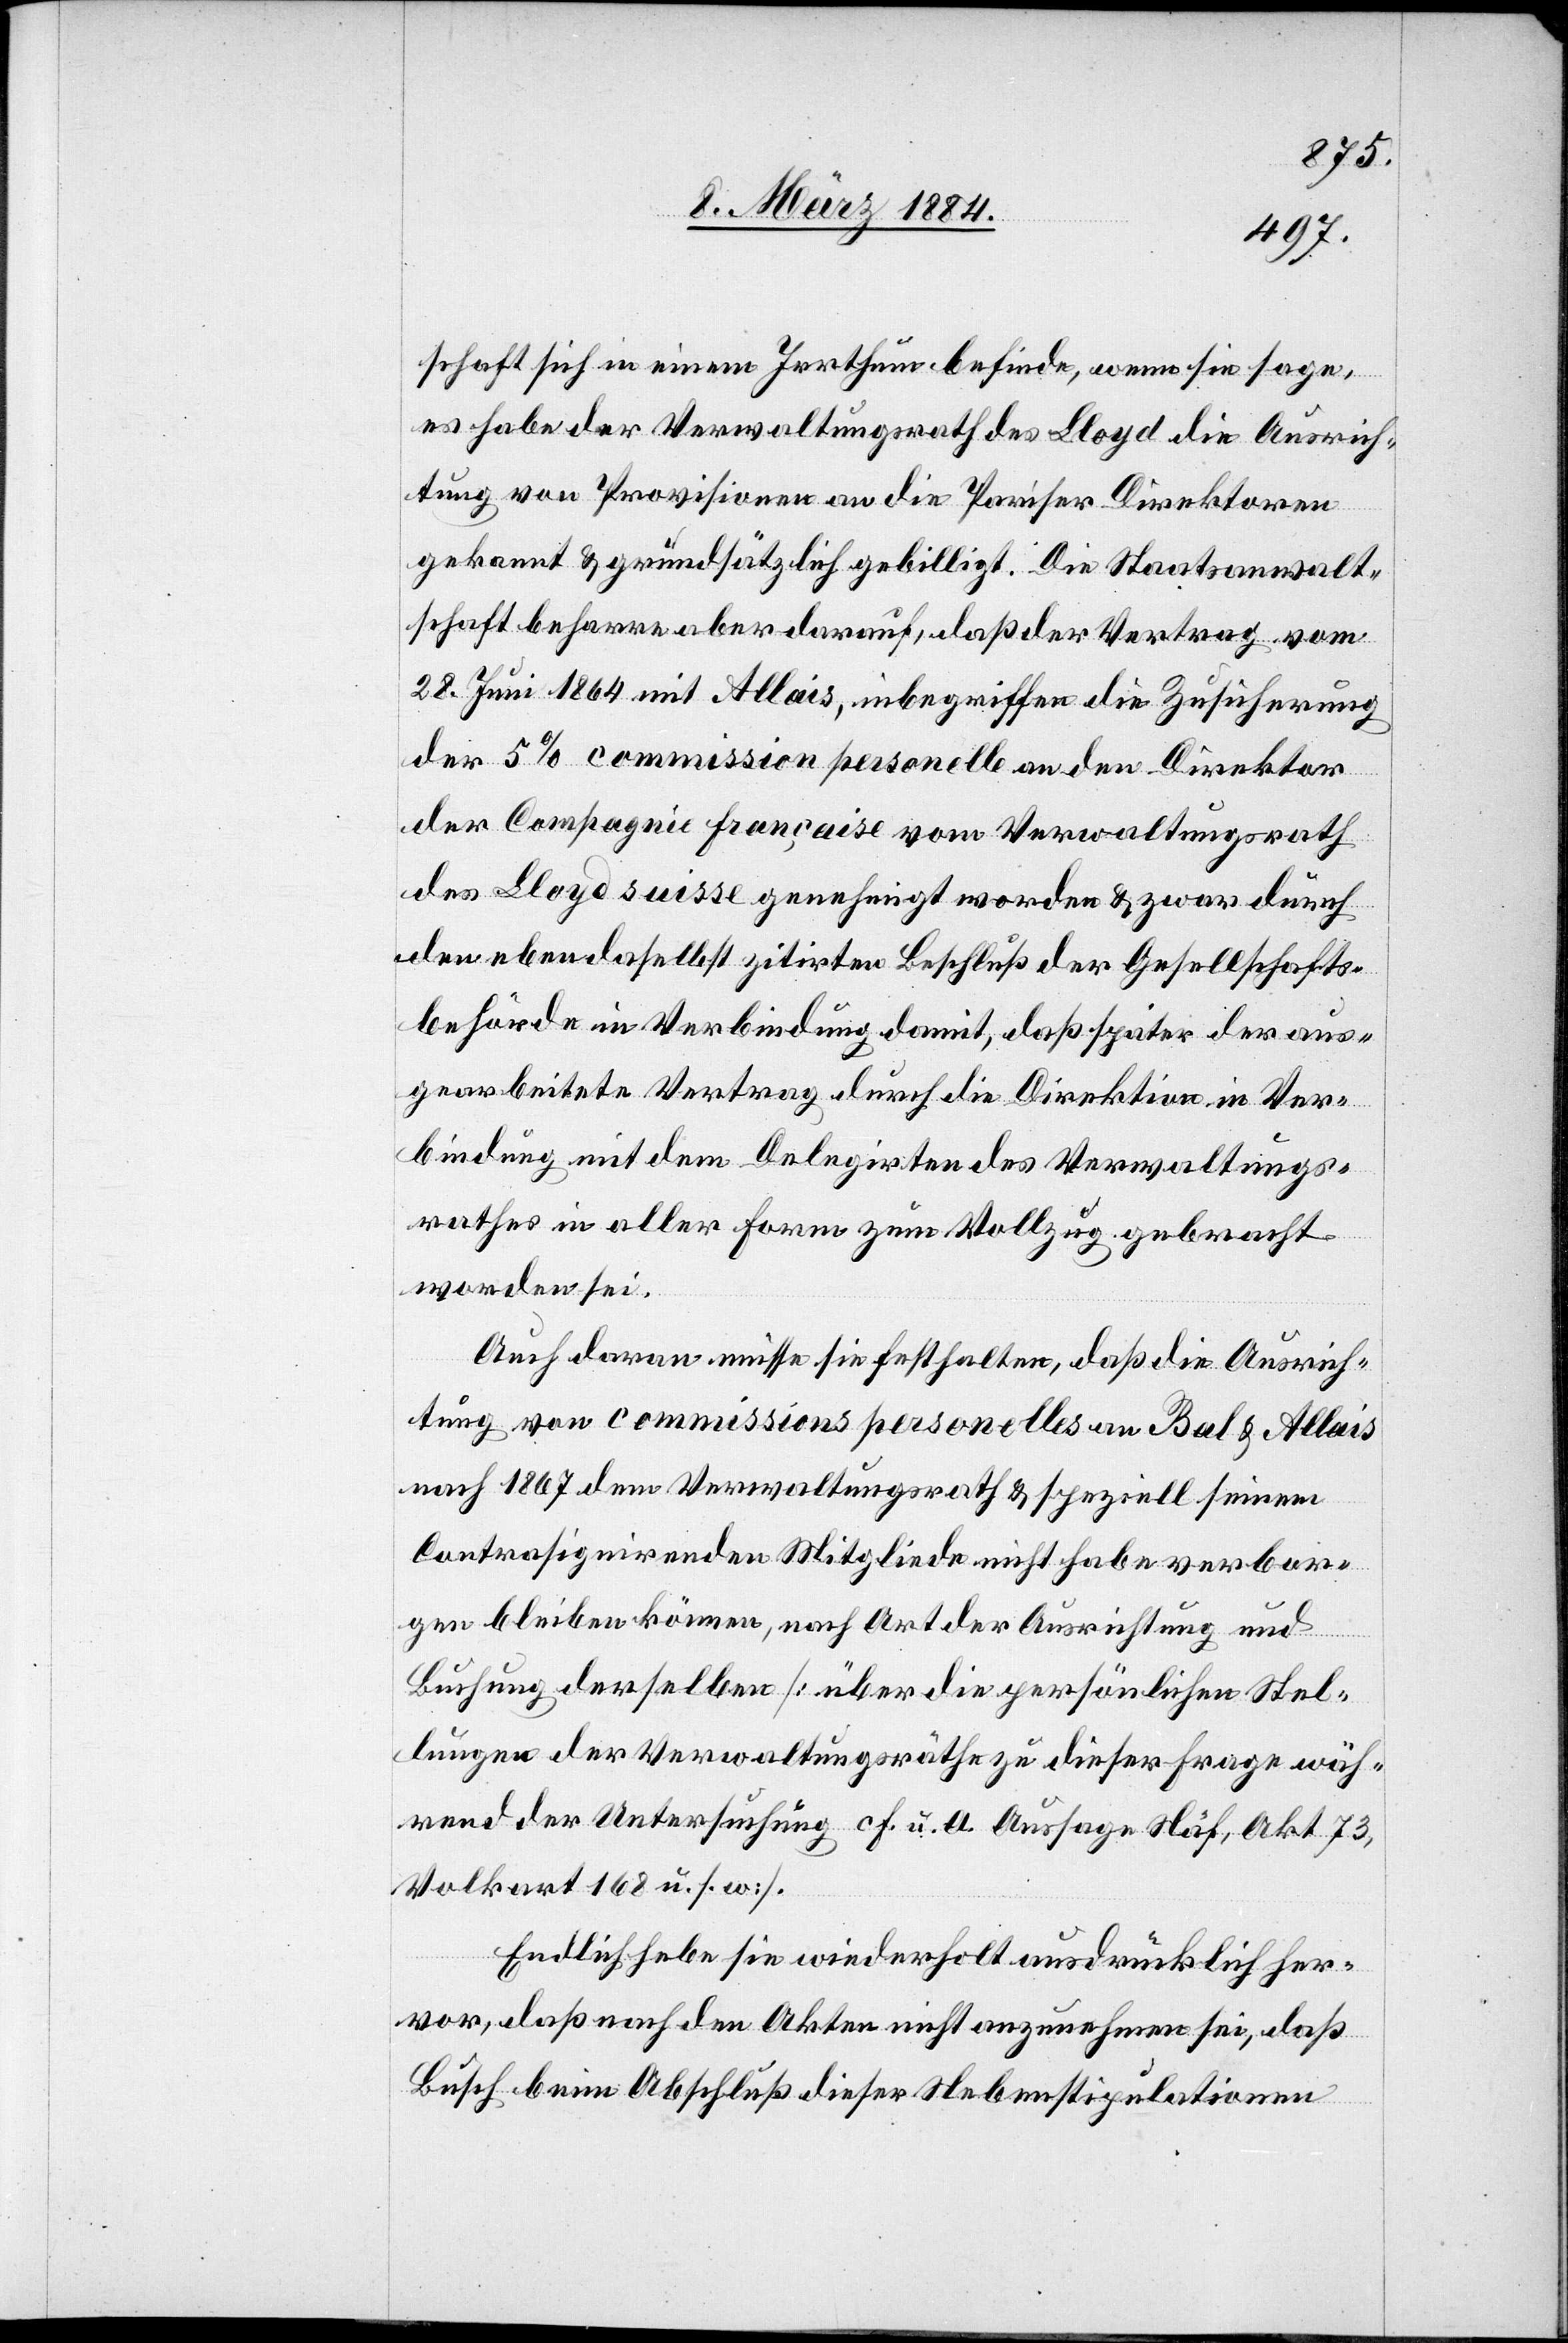
schaft sich in einem Irrthum befinde, wenn sie sage,
es habe der Verwaltungsrath des Lloyd die Ausrich¬
tung von Provisionen an die Pariser Direktoren
gekannt & grundsätzlich gebilligt. Die Staatanwalt¬
schaft beharre aber darauf, daß der Vertrag vom
28. Juni 1864 mit Allais, inbegriffen die Zusicherung
der 5% commission personelle an den Direktor
der Compagnie française vom Verwaltungsrath
des Lloyd suisse genehmigt worden & zwar durch
den ebendaselbst zitirten Beschluß der Gesellschafts¬
behörde in Verbindung damit, daß später der aus¬
gearbeitete Vertrag durch die Direktion in Ver¬
bindung mit dem Delegirten des Verwaltungs¬
rathes in aller Form zum Vollzug gebracht
worden sei.
Auch daran müsse sie festhalten, daß die Ausrich¬
tung von commissions personelles an Bal & Allais
nach 1867 dem Verwaltungsrath & speziell seinen
contrasignirenden Mitgliedern nicht habe verbor¬
gen bleiben können, nach Art der Ausrichtung und
Buchung derselben [über die persönlichen Stel¬
lungen der Verwaltungsräthe zu dieser Frage wäh¬
rend der Untersuchung cf. u. A. Ausgabe Näf, Akt 73,
Volkart 168 u. s. w.].
Endlich heben sie wiederholt ausdrücklich her¬
vor, daß nach den Akten nicht anzunehmen sei, daß
Busch beim Abschluß dieser Nebenstipulationen